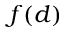
f ( d )